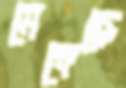
মেঙ্গেছে